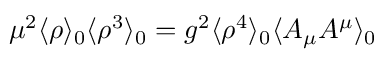
\mu ^ { 2 } \langle \rho \rangle _ { 0 } \langle \rho ^ { 3 } \rangle _ { 0 } = g ^ { 2 } \langle \rho ^ { 4 } \rangle _ { 0 } \langle A _ { \mu } A ^ { \mu } \rangle _ { 0 }